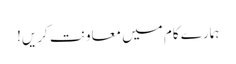
ہمارے کام میں معاونت کریں!